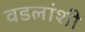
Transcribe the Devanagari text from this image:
वडलांशी